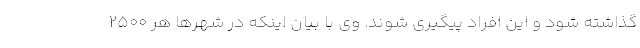
گذاشته شود و این افراد پیگیری شوند. وی با بیان اینکه در شهرها هر 2500